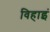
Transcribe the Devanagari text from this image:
विहाइं